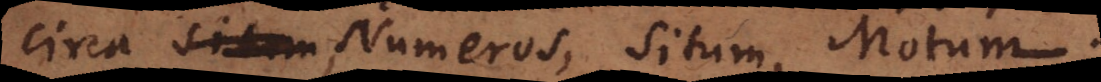
circa Numeros, Situm, Motum.